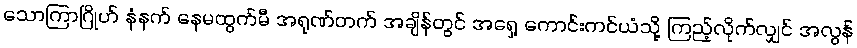
သောကြာဂြိုဟ် နံနက် နေမထွက်မီ အရုဏ်တက် အချိန်တွင် အရှေ့ ကောင်းကင်ယံသို့ ကြည့်လိုက်လျှင် အလွန်